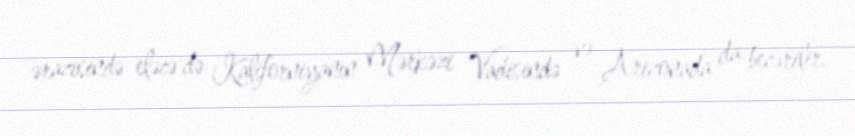
ərazisində eləcə də Kaliforniyanın Mərkəzi Vadisində və Arizonada da becərilir.